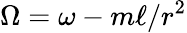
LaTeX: \Omega=\omega-m\ell/r^{2}